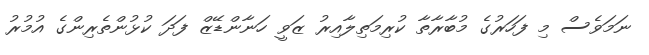
ނަމަވެސް މި ފަހަރުގެ މުބާރާތާ ކުރިމަތިލާއިރު ޒަވީ ހަނާންޑޭޒް ފަދަ ކުޅުންތެރިންގެ އުމުރު